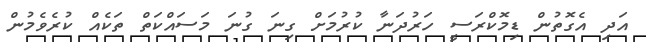
އަދި އެގޮތުން ޑިމޮކްރަސީ ހަރުދަނާ ކުރުމަށް ގިނަ ގުނަ މަސައްކަތް ތަކެއް ކުރެވެމުން